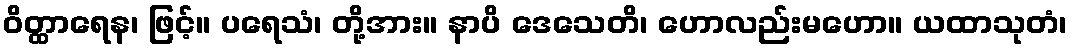
ဝိတ္ထာရေန၊ ဖြင့်။ ပရေသံ၊ တို့အား။ နာပိ ဒေသေတိ၊ ဟောလည်းမဟော။ ယထာသုတံ၊